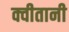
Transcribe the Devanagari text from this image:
क्वीतानी